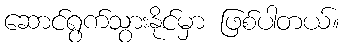
ဆောင်ရွက်သွားနိုင်မှာ ဖြစ်ပါတယ်။